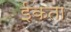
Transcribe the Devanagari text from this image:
ईकता